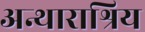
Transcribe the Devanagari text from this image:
अन्थाराश्रिय